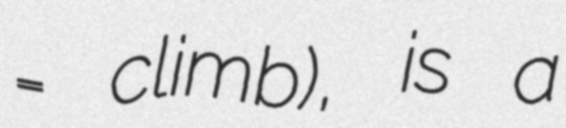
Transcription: = climb), is a